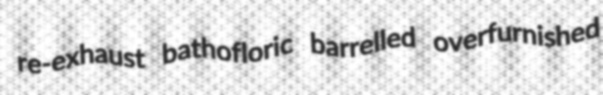
re-exhaust bathofloric barrelled overfurnished